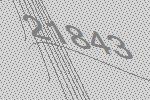
21843